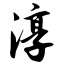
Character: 淳